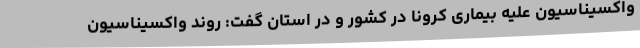
واکسیناسیون علیه بیماری کرونا در کشور و در استان گفت: روند واکسیناسیون